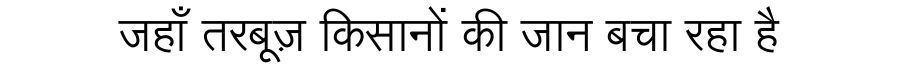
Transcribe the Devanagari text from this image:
जहाँ तरबूज़ किसानों की जान बचा रहा है